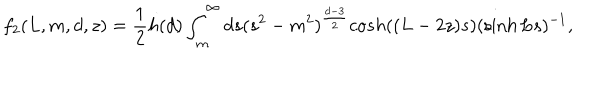
LaTeX: f _ { 2 } ( L , m , d , z ) = \frac { 1 } { 2 } h ( d ) \int _ { m } ^ { \infty } d s ( s ^ { 2 } - m ^ { 2 } ) ^ { \frac { d - 3 } { 2 } } c o s h ( ( L - 2 z ) s ) ( \sinh L s ) ^ { - 1 } ,